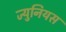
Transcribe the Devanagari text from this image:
ज्युनियस